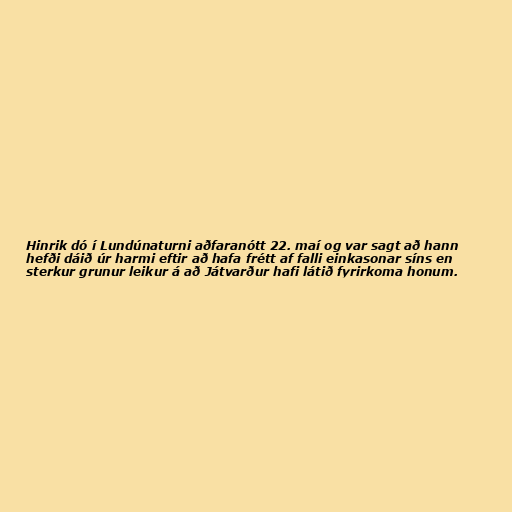
Hinrik dó í Lundúnaturni aðfaranótt 22. maí og var sagt að hann
hefði dáið úr harmi eftir að hafa frétt af falli einkasonar síns en
sterkur grunur leikur á að Játvarður hafi látið fyrirkoma honum.